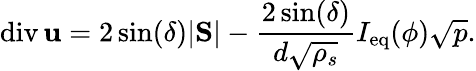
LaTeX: \mathrm{div}\, {\mathbf u}=2\sin(\delta)|\mathrm{\mathbf S}|-\frac{2\sin(\delta)}{d\sqrt{\rho_{s}}}I_{\mathrm{eq}}(\phi)\sqrt{p}.